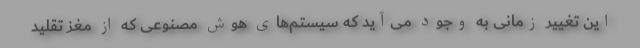
این تغییر زمانی به وجود می‌آید که سیستم‌های هوش مصنوعی که از مغز تقلید